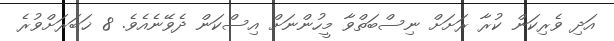
އަދި ވެރިކަން ކުރާ ރަށަށް ނިސްބަތްވާ މީހުންނަށް އިސްކަން ދެވޭނެއެވެ. 8 ޚަބަރަށްވުރެ